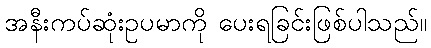
အနီးကပ်ဆုံးဥပမာကို ပေးရခြင်းဖြစ်ပါသည်။